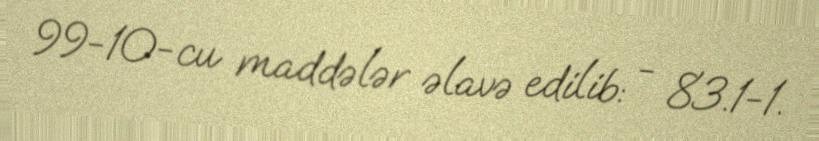
99-10-cu maddələr əlavə edilib: - 83.1-1.